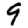
Digit: 9